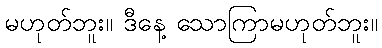
မဟုတ်ဘူး။ ဒီနေ့ သောကြာမဟုတ်ဘူး။